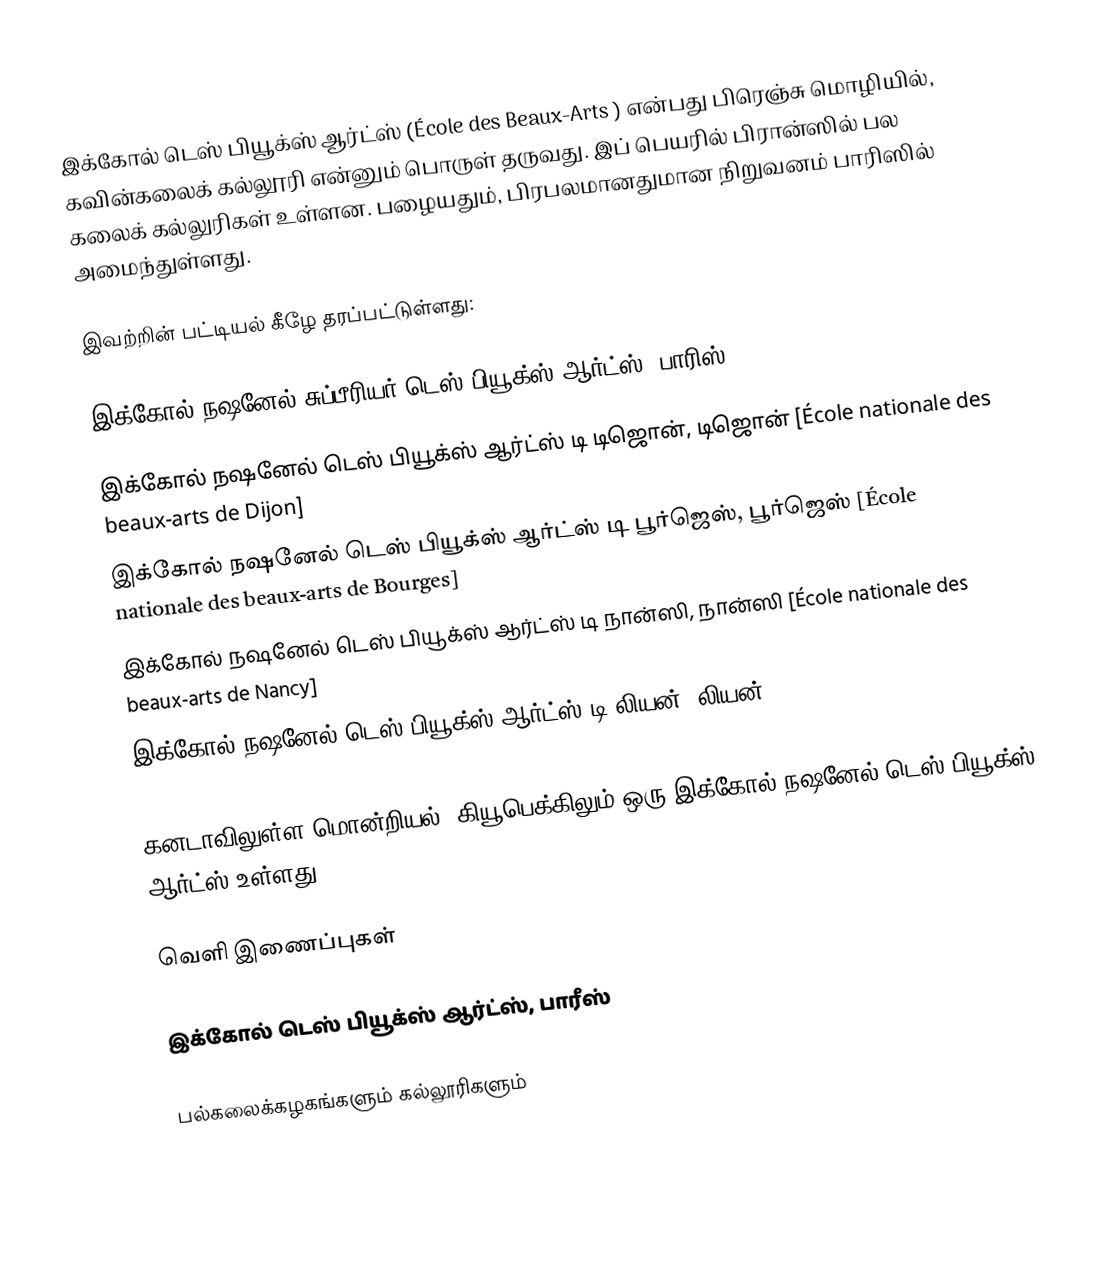
இக்கோல் டெஸ் பியூக்ஸ் ஆர்ட்ஸ் (École des Beaux-Arts ) என்பது பிரெஞ்சு மொழியில், கவின்கலைக் கல்லூரி என்னும் பொருள் தருவது. இப் பெயரில் பிரான்ஸில் பல கலைக் கல்லுரிகள் உள்ளன. பழையதும், பிரபலமானதுமான நிறுவனம் பாரிஸில் அமைந்துள்ளது.

இவற்றின் பட்டியல் கீழே தரப்பட்டுள்ளது:

 இக்கோல் நஷனேல் சுப்பீரியர் டெஸ் பியூக்ஸ் ஆர்ட்ஸ், பாரிஸ் [École nationale supérieure des beaux-arts (Ensba)]
 இக்கோல் நஷனேல் டெஸ் பியூக்ஸ் ஆர்ட்ஸ் டி டிஜொன், டிஜொன் [École nationale des beaux-arts de Dijon]
 இக்கோல் நஷனேல் டெஸ் பியூக்ஸ் ஆர்ட்ஸ் டி பூர்ஜெஸ், பூர்ஜெஸ் [École nationale des beaux-arts de Bourges]
 இக்கோல் நஷனேல் டெஸ் பியூக்ஸ் ஆர்ட்ஸ் டி நான்ஸி, நான்ஸி [École nationale des beaux-arts de Nancy]
 இக்கோல் நஷனேல் டெஸ் பியூக்ஸ் ஆர்ட்ஸ் டி லியன், லியன் [École nationale des beaux-arts de Lyon]

கனடாவிலுள்ள மொன்றியல், கியூபெக்கிலும் ஒரு இக்கோல் நஷனேல் டெஸ் பியூக்ஸ் ஆர்ட்ஸ் உள்ளது.

வெளி இணைப்புகள்

 இக்கோல் டெஸ் பியூக்ஸ் ஆர்ட்ஸ், பாரீஸ்

பல்கலைக்கழகங்களும் கல்லூரிகளும்

sv:École des Beaux-Arts